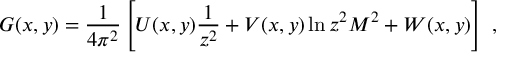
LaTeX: G ( x , y ) = { \frac { 1 } { 4 \pi ^ { 2 } } } \left[ U ( x , y ) { \frac { 1 } { z ^ { 2 } } } + V ( x , y ) \ln z ^ { 2 } M ^ { 2 } + W ( x , y ) \right] \, \, ,